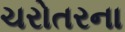
ચરોતરના